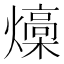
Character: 燺